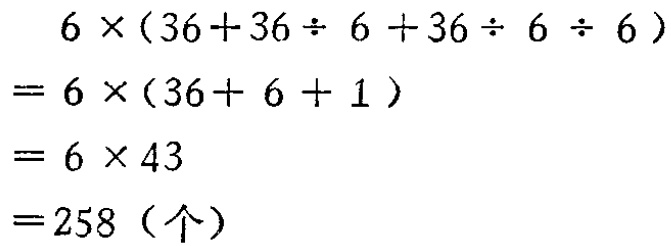
\[
\begin{align*}
&6\times(36 + 36\div6 + 36\div6\div6)\\
=&6\times(36 + 6 + 1)\\
=&6\times43\\
=&258 (\text{个})
\end{align*}
\]